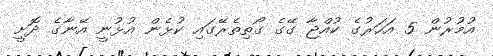
އުމުރުން 5 އަހަރުގެ ކުއްޖާ ގޭގެ ގޯތިތެރޭގައި ކުޅެން އުޅުނީ އޭނާގެ ދޮށީ